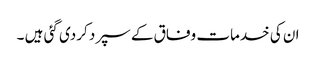
ان کی خدمات وفاق کے سپرد کردی گئی ہیں ۔